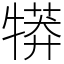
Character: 𤛘